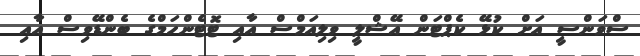
ސްވަންސީ އަށް ކުޅޭ ކެޕްޓަން އޭޝްލީ ވިލިއަމްސް އާއި ޓޮޓެންހަމްގެ ބެންޑޭވިސް އާއި